Document type: Emphyteutic lease
Year: 1473
Scribe: [Unknown]
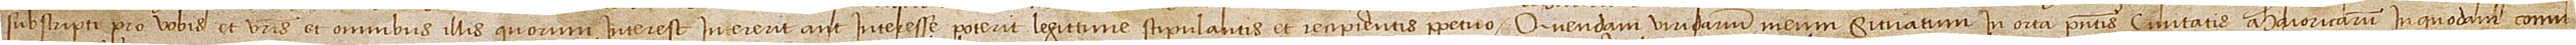
subscripti, pro vobis et vestris et omnibus illis quorum interest, intererit aut interesse poterit legittime stipulantis et recipientis perpetuo quendam viridarium meum situatum in orta presentis Civitatis Maioricarum, in quodam comu-